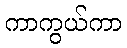
ကာကွယ်ကာ